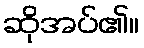
ဆိုအပ်၏။